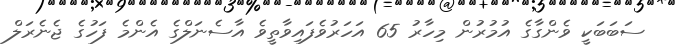
ސަބަބަކީ ވެންގާގެ އުމުރުން މިހާރު 65 އަހަރުވެފައިވާތީވެ އާސެނަލްގެ އެންމެ ފަހުގެ ޖެނެރަލް